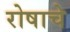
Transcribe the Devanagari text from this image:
रोषाचे